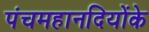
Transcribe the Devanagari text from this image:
पंचमहानदियोंके